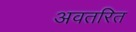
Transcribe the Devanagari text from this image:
अवतरित